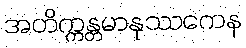
အတိက္ကန္တမာနုဿကေန